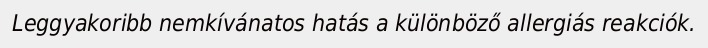
Leggyakoribb nemkívánatos hatás a különböző allergiás reakciók.